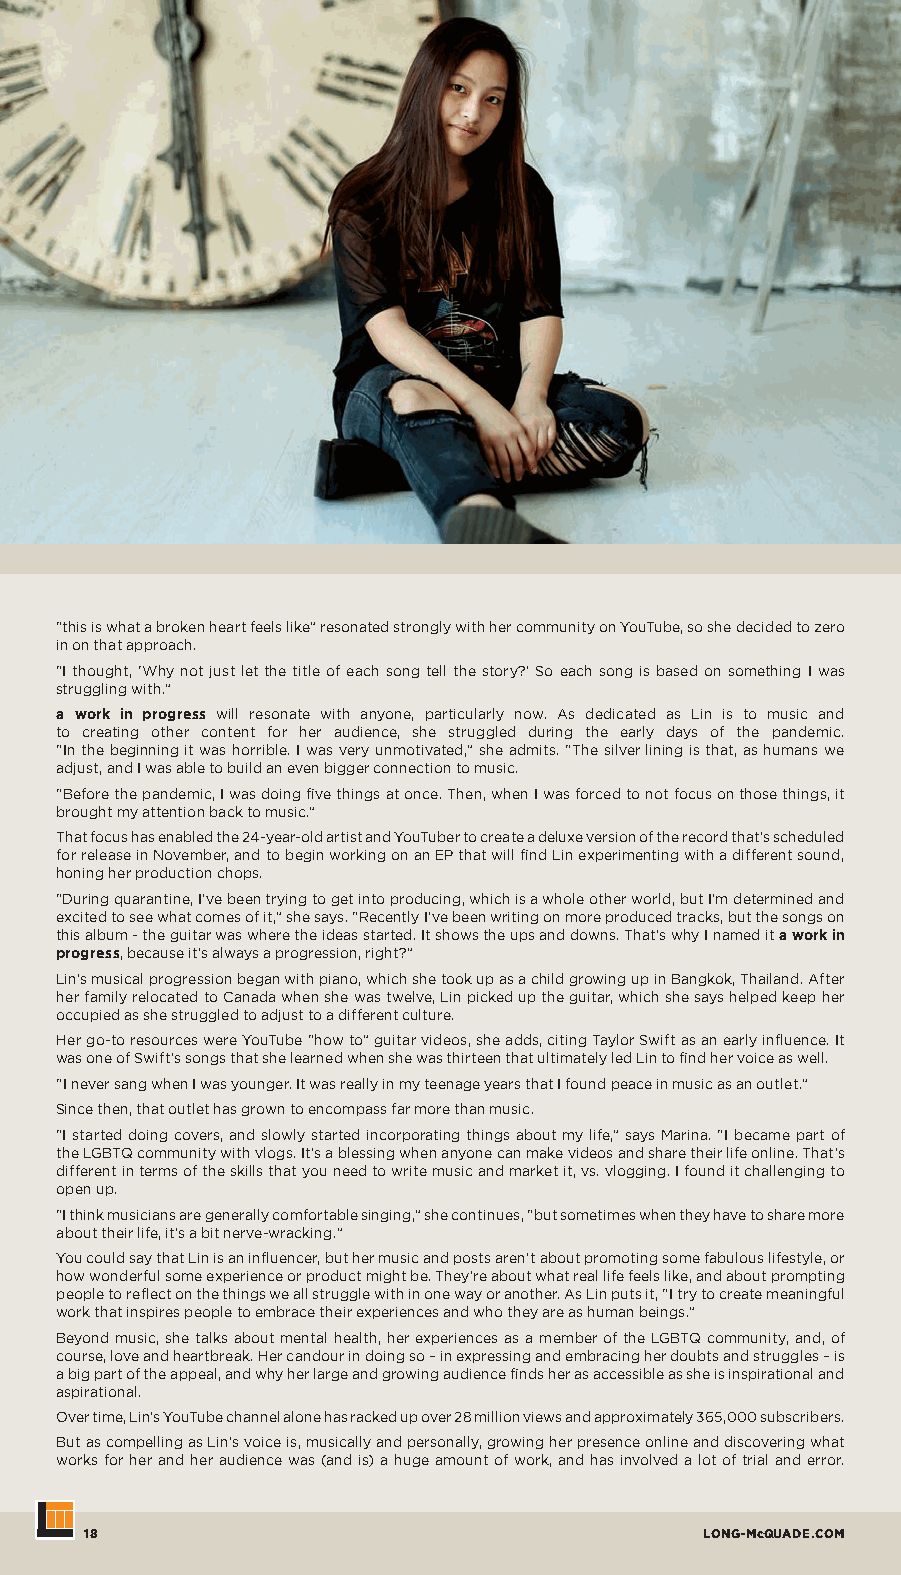
“this is what a broken heart feels like” resonated strongly with her community on YouTube, so she decided to zero
 in on that approach.
 “I thought, ‘Why not just let the title of each song tell the story?’ So each song is based on something I was
 struggling with.”
 a work in progress will resonate with anyone, particularly now. As dedicated as Lin is to music and
 to creating other content for her audience, she struggled during the early days of the pandemic.
 “In the beginning it was horrible. I was very unmotivated,” she admits. “The silver lining is that, as humans we
 adjust, and I was able to build an even bigger connection to music.
 “Before the pandemic, I was doing five things at once. Then, when I was forced to not focus on those things, it
 brought my attention back to music.”
 That focus has enabled the 24-year-old artist and YouTuber to create a deluxe version of the record that’s scheduled
 for release in November, and to begin working on an EP that will find Lin experimenting with a different sound,
 honing her production chops.
 “During quarantine, I’ve been trying to get into producing, which is a whole other world, but I’m determined and
 excited to see what comes of it,” she says. “Recently I’ve been writing on more produced tracks, but the songs on
 this album - the guitar was where the ideas started. It shows the ups and downs. That’s why I named it a work in
 progress, because it’s always a progression, right?”
 Lin’s musical progression began with piano, which she took up as a child growing up in Bangkok, Thailand. After
 her family relocated to Canada when she was twelve, Lin picked up the guitar, which she says helped keep her
 occupied as she struggled to adjust to a different culture.
 Her go-to resources were YouTube “how to” guitar videos, she adds, citing Taylor Swift as an early influence. It
 was one of Swift’s songs that she learned when she was thirteen that ultimately led Lin to find her voice as well.
 “I never sang when I was younger. It was really in my teenage years that I found peace in music as an outlet.”
 Since then, that outlet has grown to encompass far more than music.
 “I started doing covers, and slowly started incorporating things about my life,” says Marina. “I became part of
 the LGBTQ community with vlogs. It’s a blessing when anyone can make videos and share their life online. That’s
 different in terms of the skills that you need to write music and market it, vs. vlogging. I found it challenging to
 open up.
 “I think musicians are generally comfortable singing,” she continues, “but sometimes when they have to share more
 about their life, it’s a bit nerve-wracking.”
 You could say that Lin is an influencer, but her music and posts aren’t about promoting some fabulous lifestyle, or
 how wonderful some experience or product might be. They’re about what real life feels like, and about prompting
 people to reflect on the things we all struggle with in one way or another. As Lin puts it, “I try to create meaningful
 work that inspires people to embrace their experiences and who they are as human beings.”
 Beyond music, she talks about mental health, her experiences as a member of the LGBTQ community, and, of
 course, love and heartbreak. Her candour in doing so – in expressing and embracing her doubts and struggles – is
 a big part of the appeal, and why her large and growing audience finds her as accessible as she is inspirational and
 aspirational.
 Over time, Lin’s YouTube channel alone has racked up over 28 million views and approximately 365,000 subscribers.
 But as compelling as Lin’s voice is, musically and personally, growing her presence online and discovering what
 works for her and her audience was (and is) a huge amount of work, and has involved a lot of trial and error.
 18                                      LONG-McQUADE.COM